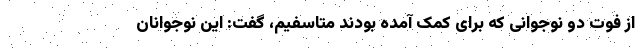
از فوت دو نوجوانی که برای کمک آمده بودند متاسفیم، گفت: این نوجوانان